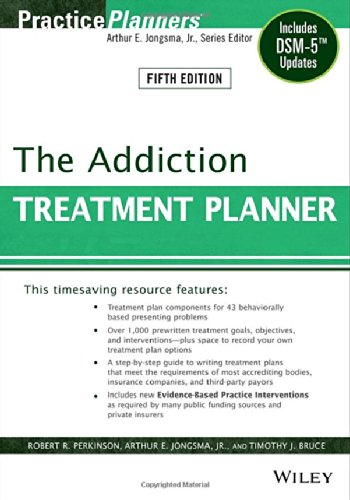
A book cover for The Addiction Treatment Planner: Includes DSM-5 Updates; Robert R. Perkinson; Health, Fitness & Dieting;